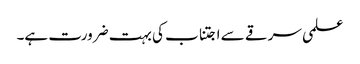
علمی سرقے سے اجتناب کی بہت ضرورت ہے۔